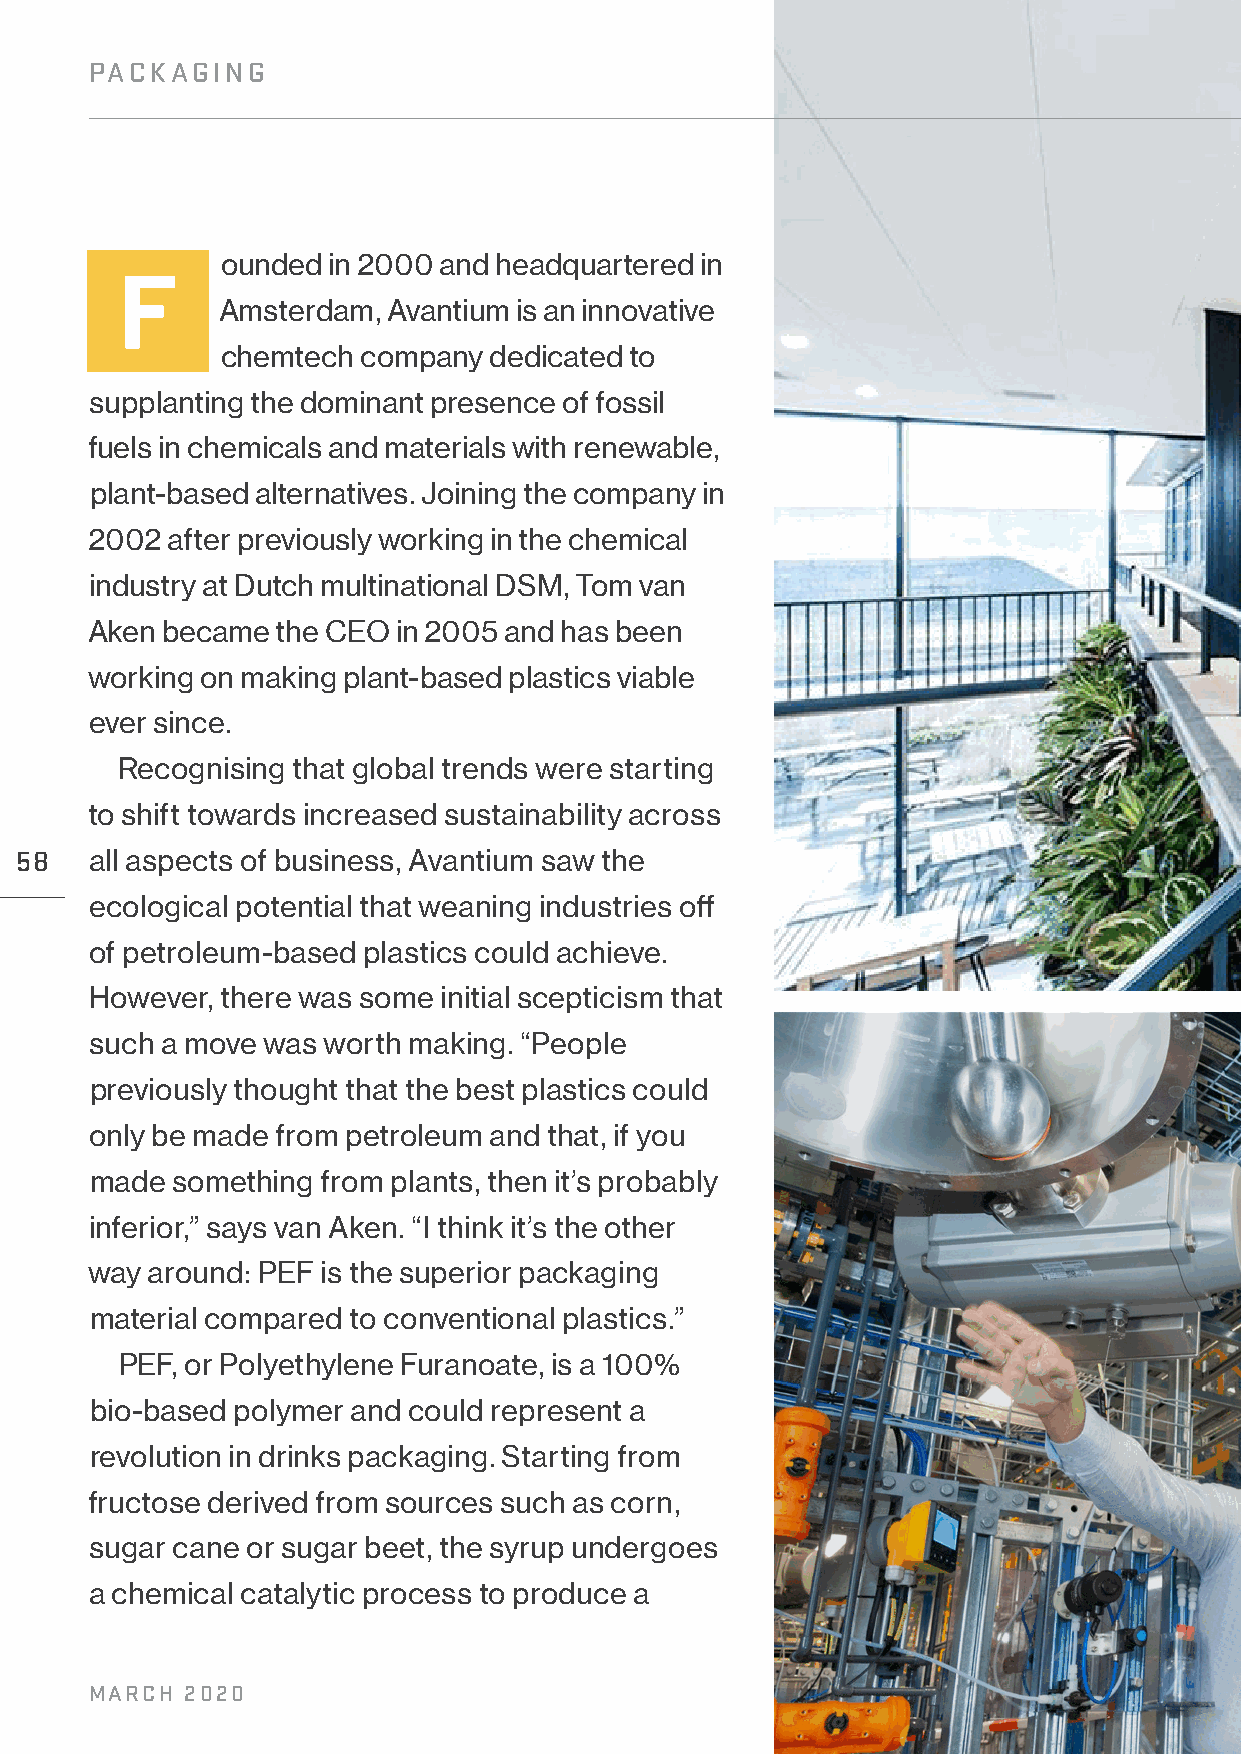
PACKAGING
 ounded in 2000 and headquartered in
 F
 Amsterdam,  Avantium is an innovative
 chemtech company dedicated to
 supplanting the dominant presence of fossil
 fuels in chemicals and materials with renewable,
 plant-based alternatives. Joining the company in
 2002 after previously working in the chemical
 industry at Dutch multinational DSM, Tom van
 Aken became the CEO in 2005 and has been
 working on making plant-based plastics viable
 ever since.
 Recognising that global trends were starting
 to shift towards increased sustainability across
 58   all aspects of business, Avantium saw the
 ecological potential that weaning industries off
 of petroleum-based plastics could achieve.
 However, there was some initial scepticism that
 such a move was worth making. “People
 previously thought that the best plastics could
 only be made from petroleum and that, if you
 made something from plants, then it’s probably
 inferior,” says van Aken. “I think it’s the other
 way around: PEF is the superior packaging
 material compared to conventional plastics.”
 PEF, or Polyethylene Furanoate, is a 100%
 bio-based polymer and could represent a
 revolution in drinks packaging. Starting from
 fructose derived from sources such as corn,
 sugar cane or sugar beet, the syrup undergoes
 a chemical catalytic process to produce a
 MARCH 2020